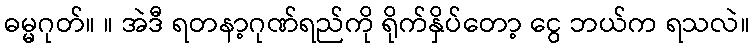
ဓမ္မဂုတ်။ ။ အဲဒီ ရတနာ့ဂုဏ်ရည်ကို ရိုက်နှိပ်တော့ ငွေ ဘယ်က ရသလဲ။